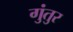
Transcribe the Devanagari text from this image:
गुंतुर